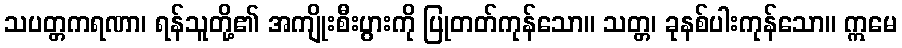
သပတ္တကရဏာ၊ ရန်သူတို့၏ အကျိုးစီးပွားကို ပြုတတ်ကုန်သော။ သတ္တ၊ ခုနစ်ပါးကုန်သော။ ဣမေ